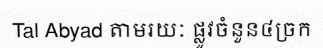
Tal Abyad តាមរយៈ ផ្លូវចំនួន៤ច្រក